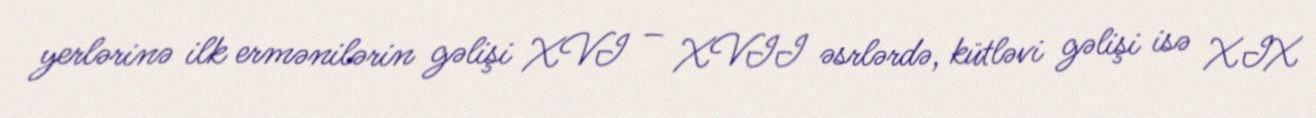
yerlərinə ilk ermənilərin gəlişi XVI – XVII əsrlərdə, kütləvi gəlişi isə XIX